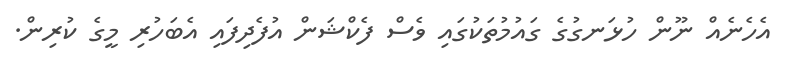
އެހެނެއް ނޫން ހުޅަނގުގެ ގައުމުތަކުގައި ވެސް ފެކްޝަން އުފެދިފައި އެބަހުރި މީގެ ކުރިން.